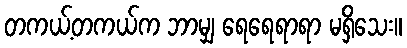
တကယ့်တကယ်က ဘာမျှ ရေရေရာရာ မရှိသေး။